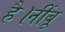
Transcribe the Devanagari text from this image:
है।नींबू